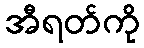
အီရတ်ကို